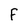
Character: F